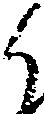
候